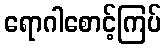
ရောဂါစောင့်ကြပ်